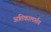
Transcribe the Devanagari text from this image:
अतिकालार्तव